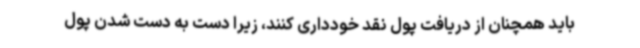
باید همچنان از دریافت پول نقد خودداری کنند، زیرا دست به دست شدن پول